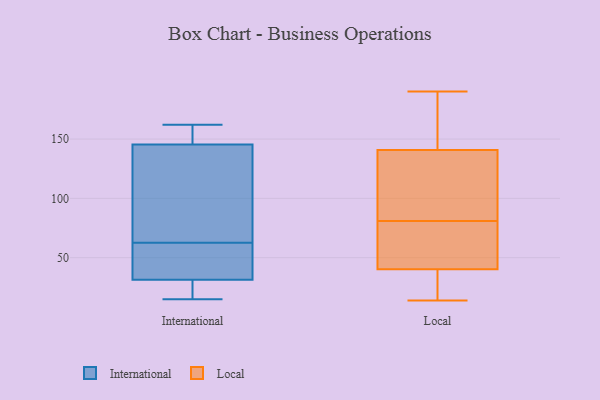
{"axis": {"x": "Population (Million)", "y": "Value"}, "legend": ["International", "Local"], "data": [{"x": "", "y": 15, "type": "International"}, {"x": "", "y": 22, "type": "International"}, {"x": "", "y": 149, "type": "International"}, {"x": "", "y": 142, "type": "International"}, {"x": "", "y": 162, "type": "International"}, {"x": "", "y": 154, "type": "International"}, {"x": "", "y": 35, "type": "International"}, {"x": "", "y": 130, "type": "International"}, {"x": "", "y": 50, "type": "International"}, {"x": "", "y": 75, "type": "International"}, {"x": "", "y": 36, "type": "International"}, {"x": "", "y": 28, "type": "International"}, {"x": "", "y": 41, "type": "Local"}, {"x": "", "y": 190, "type": "Local"}, {"x": "", "y": 33, "type": "Local"}, {"x": "", "y": 189, "type": "Local"}, {"x": "", "y": 81, "type": "Local"}, {"x": "", "y": 146, "type": "Local"}, {"x": "", "y": 41, "type": "Local"}, {"x": "", "y": 38, "type": "Local"}, {"x": "", "y": 59, "type": "Local"}, {"x": "", "y": 22, "type": "Local"}, {"x": "", "y": 65, "type": "Local"}, {"x": "", "y": 139, "type": "Local"}, {"x": "", "y": 113, "type": "Local"}, {"x": "", "y": 14, "type": "Local"}, {"x": "", "y": 110, "type": "Local"}, {"x": "", "y": 86, "type": "Local"}, {"x": "", "y": 169, "type": "Local"}]}